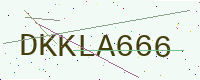
Text: DKKLA666